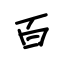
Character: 百